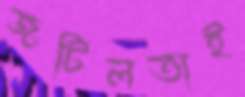
জটিলতাই